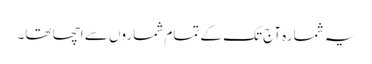
یہ شمارہ آج تک کے تمام شماروں سے اچھا تھا۔